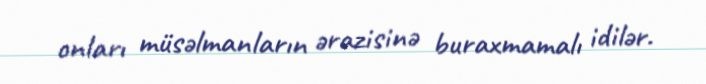
onları müsəlmanların ərazisinə buraxmamalı idilər.